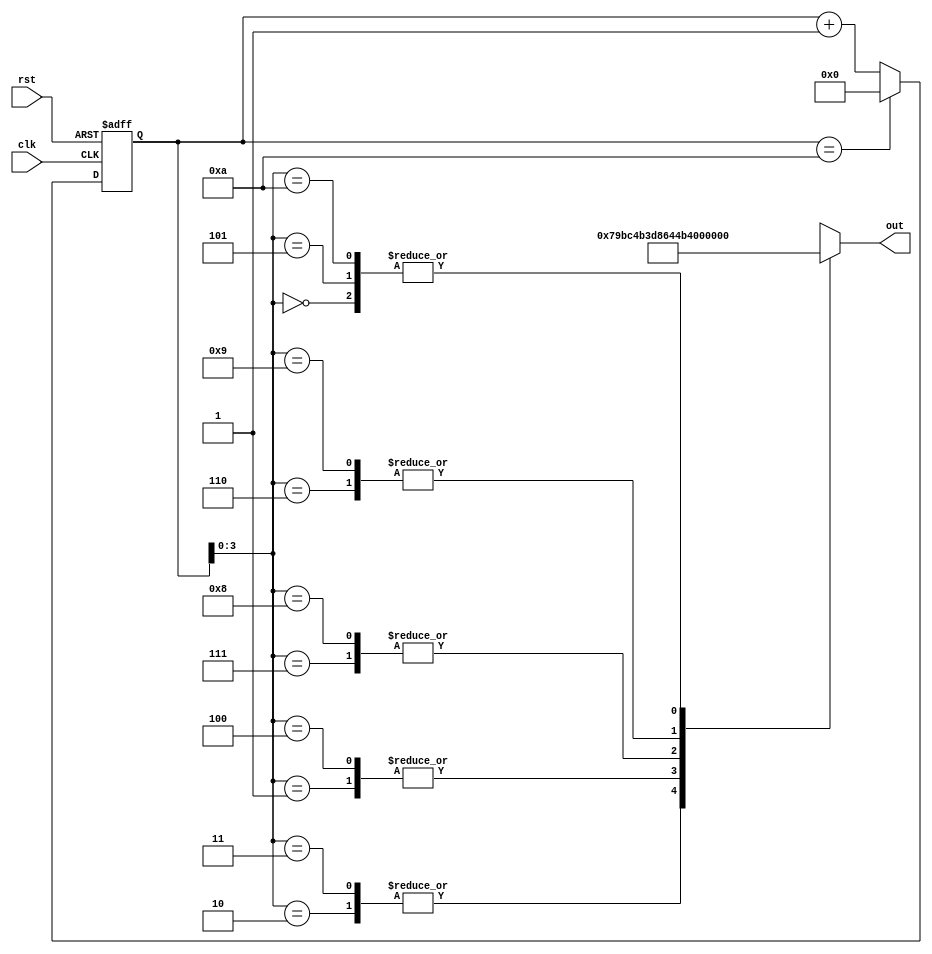
// Sin table

// afinogeev

module SIN_LUT_11 (
    input clk,
    input rst,
    output signed [15:0] out
);

localparam size = 10;

reg [4:0] cnt;

wire signed [15:0] tbl [0:size];
assign tbl[00] = $signed(0     );
assign tbl[01] = $signed(19261 );
assign tbl[02] = $signed(31164 );
assign tbl[03] = $signed(31164 );
assign tbl[04] = $signed(19261 );
assign tbl[05] = $signed(0     );
assign tbl[06] = $signed(-19261);
assign tbl[07] = $signed(-31164);
assign tbl[08] = $signed(-31164);
assign tbl[09] = $signed(-19261);
assign tbl[10] = $signed(0     );

assign out = tbl[cnt];

always @(posedge clk or posedge rst) begin
    if(rst) begin
        cnt <= 0;
    end
    else begin
        if(cnt == size)
            cnt <= 0;
        else
            cnt <= cnt + 1;
    end
end

endmodule